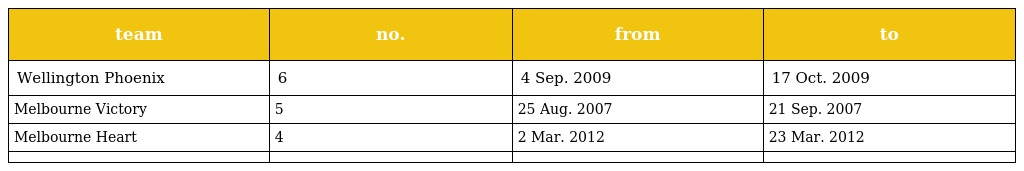
| team | no. | from | to |
 | --- | --- | --- | --- |
 | Wellington Phoenix | 6 | 4 Sep. 2009 | 17 Oct. 2009 |
 | Melbourne Victory | 5 | 25 Aug. 2007 | 21 Sep. 2007 |
 | Melbourne Heart | 4 | 2 Mar. 2012 | 23 Mar. 2012 |
 |  |  |  |  |